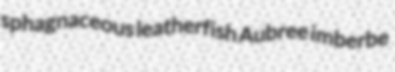
sphagnaceous leatherfish Aubree imberbe